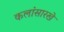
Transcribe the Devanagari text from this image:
कलांसारखे